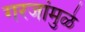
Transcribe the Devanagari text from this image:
गरजांमुळे